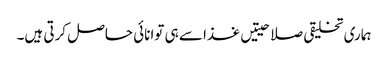
ہماری تخلیقی صلاحیتیں غذا سے ہی توانائی حاصل کرتی ہیں۔